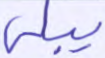
يبلى